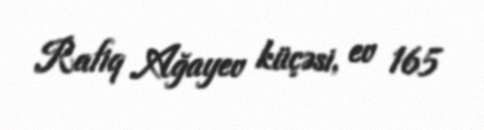
Rafiq Ağayev küçəsi, ev 165